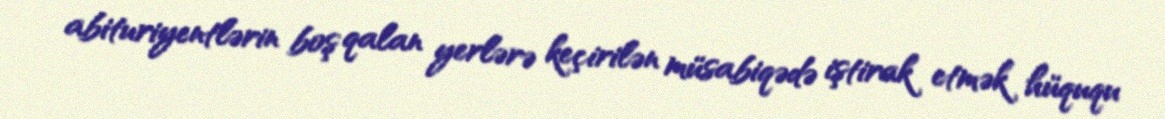
abituriyentlərin boş qalan yerlərə keçirilən müsabiqədə iştirak etmək hüququ